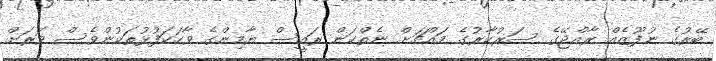
ބޭރުގެ ނުފޫޒެއް ރާއްޖޭގެ ސަރުކާރުގެ މައްޗަށް ނެތްކަން ރައީސް ޔާމިންގެ ވާހަކަފުޅުތަކުންވެސް ވަރަށް